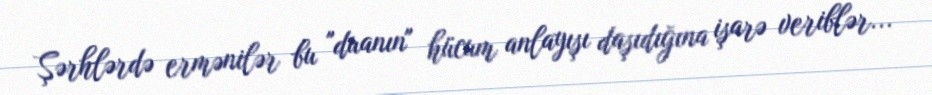
Şərhlərdə ermənilər bu "duanın" hücum anlayışı daşıdığına işarə veriblər...